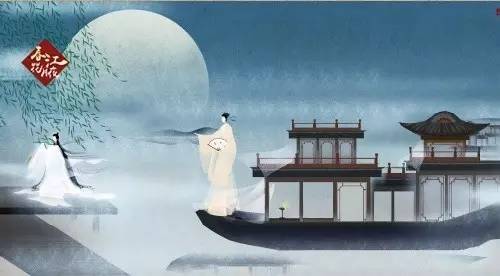
恨君却似江楼月，暂满还亏，暂满还亏，待得团圆是几时？